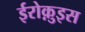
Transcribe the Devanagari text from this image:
ईरोक़ुइस